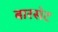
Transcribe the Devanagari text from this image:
बारसेट